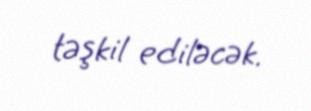
təşkil ediləcək.